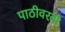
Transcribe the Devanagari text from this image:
पाठीवरली